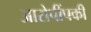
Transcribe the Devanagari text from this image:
आरोपींपकी